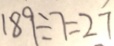
1 8 9 \div 7 = 2 7